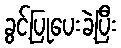
ခွင့်ပြုပေးခဲ့ပြီး